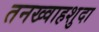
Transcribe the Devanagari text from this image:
तनख्वाहशुदा